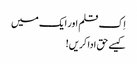
اِک قلم اور ایک میں
کیسے حق ادا کریں!